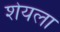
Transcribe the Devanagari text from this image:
शेयला